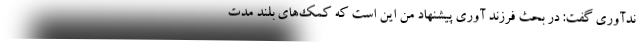
ندآوری گفت: در بحث فرزند آوری پیشنهاد من این است که کمک‌های بلند مدت